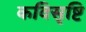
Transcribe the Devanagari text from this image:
कविसृष्टि